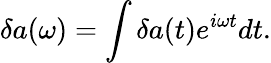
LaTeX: \delta{a}(\omega)=\int\delta a(t)e^{i\omega t}dt.